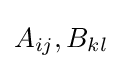
A_{ij},B_{kl}